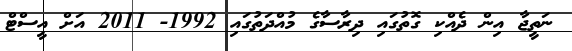
ނަތީޖާ އިން ދެއްކި ގޮތުގައި ދިރާސާގެ މުއްދަތުގައި 1992- 2011 އަށް އީސްޓް